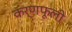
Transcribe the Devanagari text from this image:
कर्णफूली